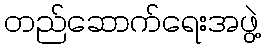
တည်ဆောက်ရေးအဖွဲ့